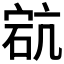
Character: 𥒳